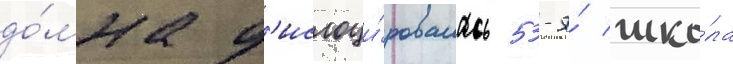
до́мна д'ислоци́ровалась 53-я́ шко́ла